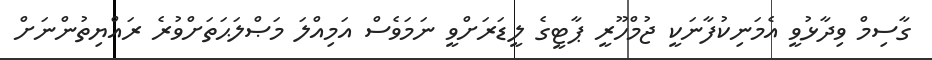
ގާސިމް ވިދާޅުވީ އެމަނިކުފާނަކީ ޖުމްހޫރީ ޕާޓީގެ ލީޑަރަށްވީ ނަމަވެސް އަމިއްލަ މަޞްލަޙަތަށްވުރެ ރައްޔިތުންނަށް